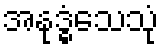
အနုဒ္ဓံသေသုံ